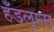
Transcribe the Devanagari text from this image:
हँडलूम्स